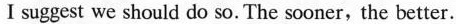
I suggest we should do so. The sooner,the better.